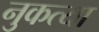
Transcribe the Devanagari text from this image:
नुकत्या